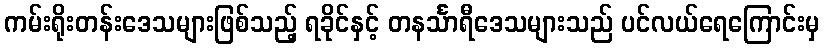
ကမ်းရိုးတန်းဒေသများဖြစ်သည့် ရခိုင်နှင့် တနင်္သာရီဒေသများသည် ပင်လယ်ရေကြောင်းမှ